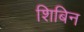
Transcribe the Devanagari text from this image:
शिबिन